Theory and practice of anti-rabic immunisation - Number 30
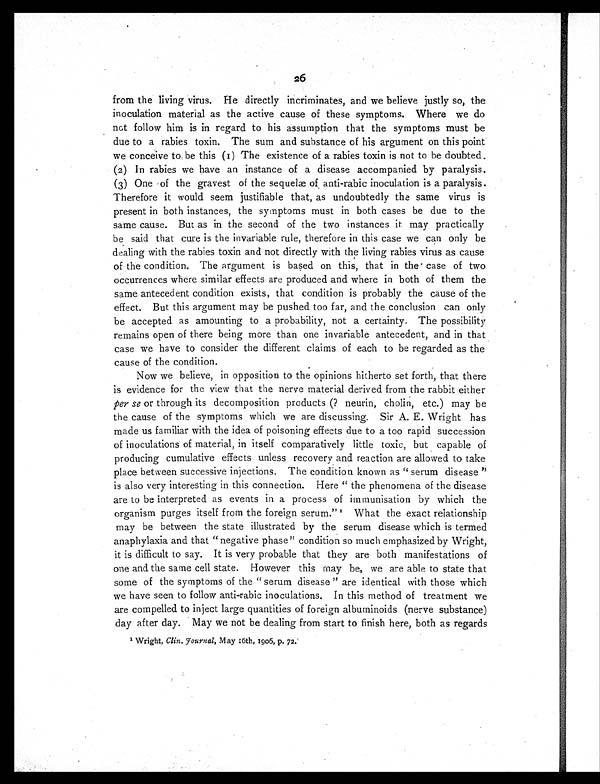
26
from the living virus. He directly incriminates, and we believe justly so, the
inoculation material as the active cause of these symptoms. Where we do
not follow him is in regard to his assumption that the symptoms must be
due to a rabies toxin. The sum and substance of his argument on this point
we conceive to be this (1) The existence of a rabies toxin is not to be doubted.
(2) In rabies we have an instance of a disease accompanied by paralysis.
(3) One of the gravest of the sequelæ of anti-rabic inoculation is a paralysis.
Therefore it would seem justifiable that, as undoubtedly the same virus is
present in both instances, the symptoms must in both cases be due to the
same cause. But as in the second of the two instances it may practically
be said that cure is the invariable rule, therefore in this case we can only be
dealing with the rabies toxin and not directly with the living rabies virus as cause
of the condition. The argument is based on this, that in the case of two
occurrences where similar effects are produced and where in both of them the
same antecedent condition exists, that condition is probably the cause of the
effect. But this argument may be pushed too far, and the conclusion can only
be accepted as amounting to a probability, not a certainty. The possibility
remains open of there being more than one invariable antecedent, and in that
case we have to consider the different claims of each to be regarded as the
cause of the condition.
Now we believe, in opposition to the opinions hitherto set forth, that there
is evidence for the view that the nerve material derived from the rabbit either
per se or through its decomposition products (? neurin, cholin, etc.) may be
the cause of the symptoms which we are discussing. Sir A. E. Wright has
made us familiar with the idea of poisoning effects due to a too rapid succession
of inoculations of material, in itself comparatively little toxic, but capable of
producing cumulative effects unless recovery and reaction are allowed to take
place between successive injections. The condition known as "serum disease"
is also very interesting in this connection. Here "the phenomena of the disease
are to be interpreted as events in a process of immunisation by which the
organism purges itself from the foreign serum." 1 What the exact relationship
may be between the state illustrated by the serum disease which is termed
anaphylaxia and that "negative phase" condition so much emphasized by Wright,
it is difficult to say. It is very probable that they are both manifestations of
one and the same cell state. However this may be, we are able to state that
some of the symptoms of the "serum disease" are identical with those which
we have seen to follow anti-rabic inoculations. In this method of treatment we
are compelled to inject large quantities of foreign albuminoids (nerve substance)
day after day. May we not be dealing from start to finish here, both as regards
1 W r i g h t , C l i n . J o u r n a l ,
M a y 1 6 t h , 1 9 0 6 , p . 7 2 .